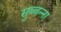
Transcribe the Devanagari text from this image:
सुब्बन्ना